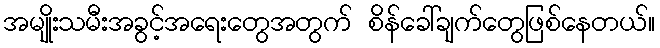
အမျိုးသမီးအခွင့်အရေးတွေအတွက် စိန်ခေါ်ချက်တွေဖြစ်နေတယ်။